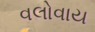
વલોવાય